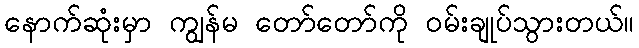
နောက်ဆုံးမှာ ကျွန်မ တော်တော်ကို ဝမ်းချုပ်သွားတယ်။